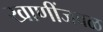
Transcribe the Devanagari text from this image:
खाणींजवळ